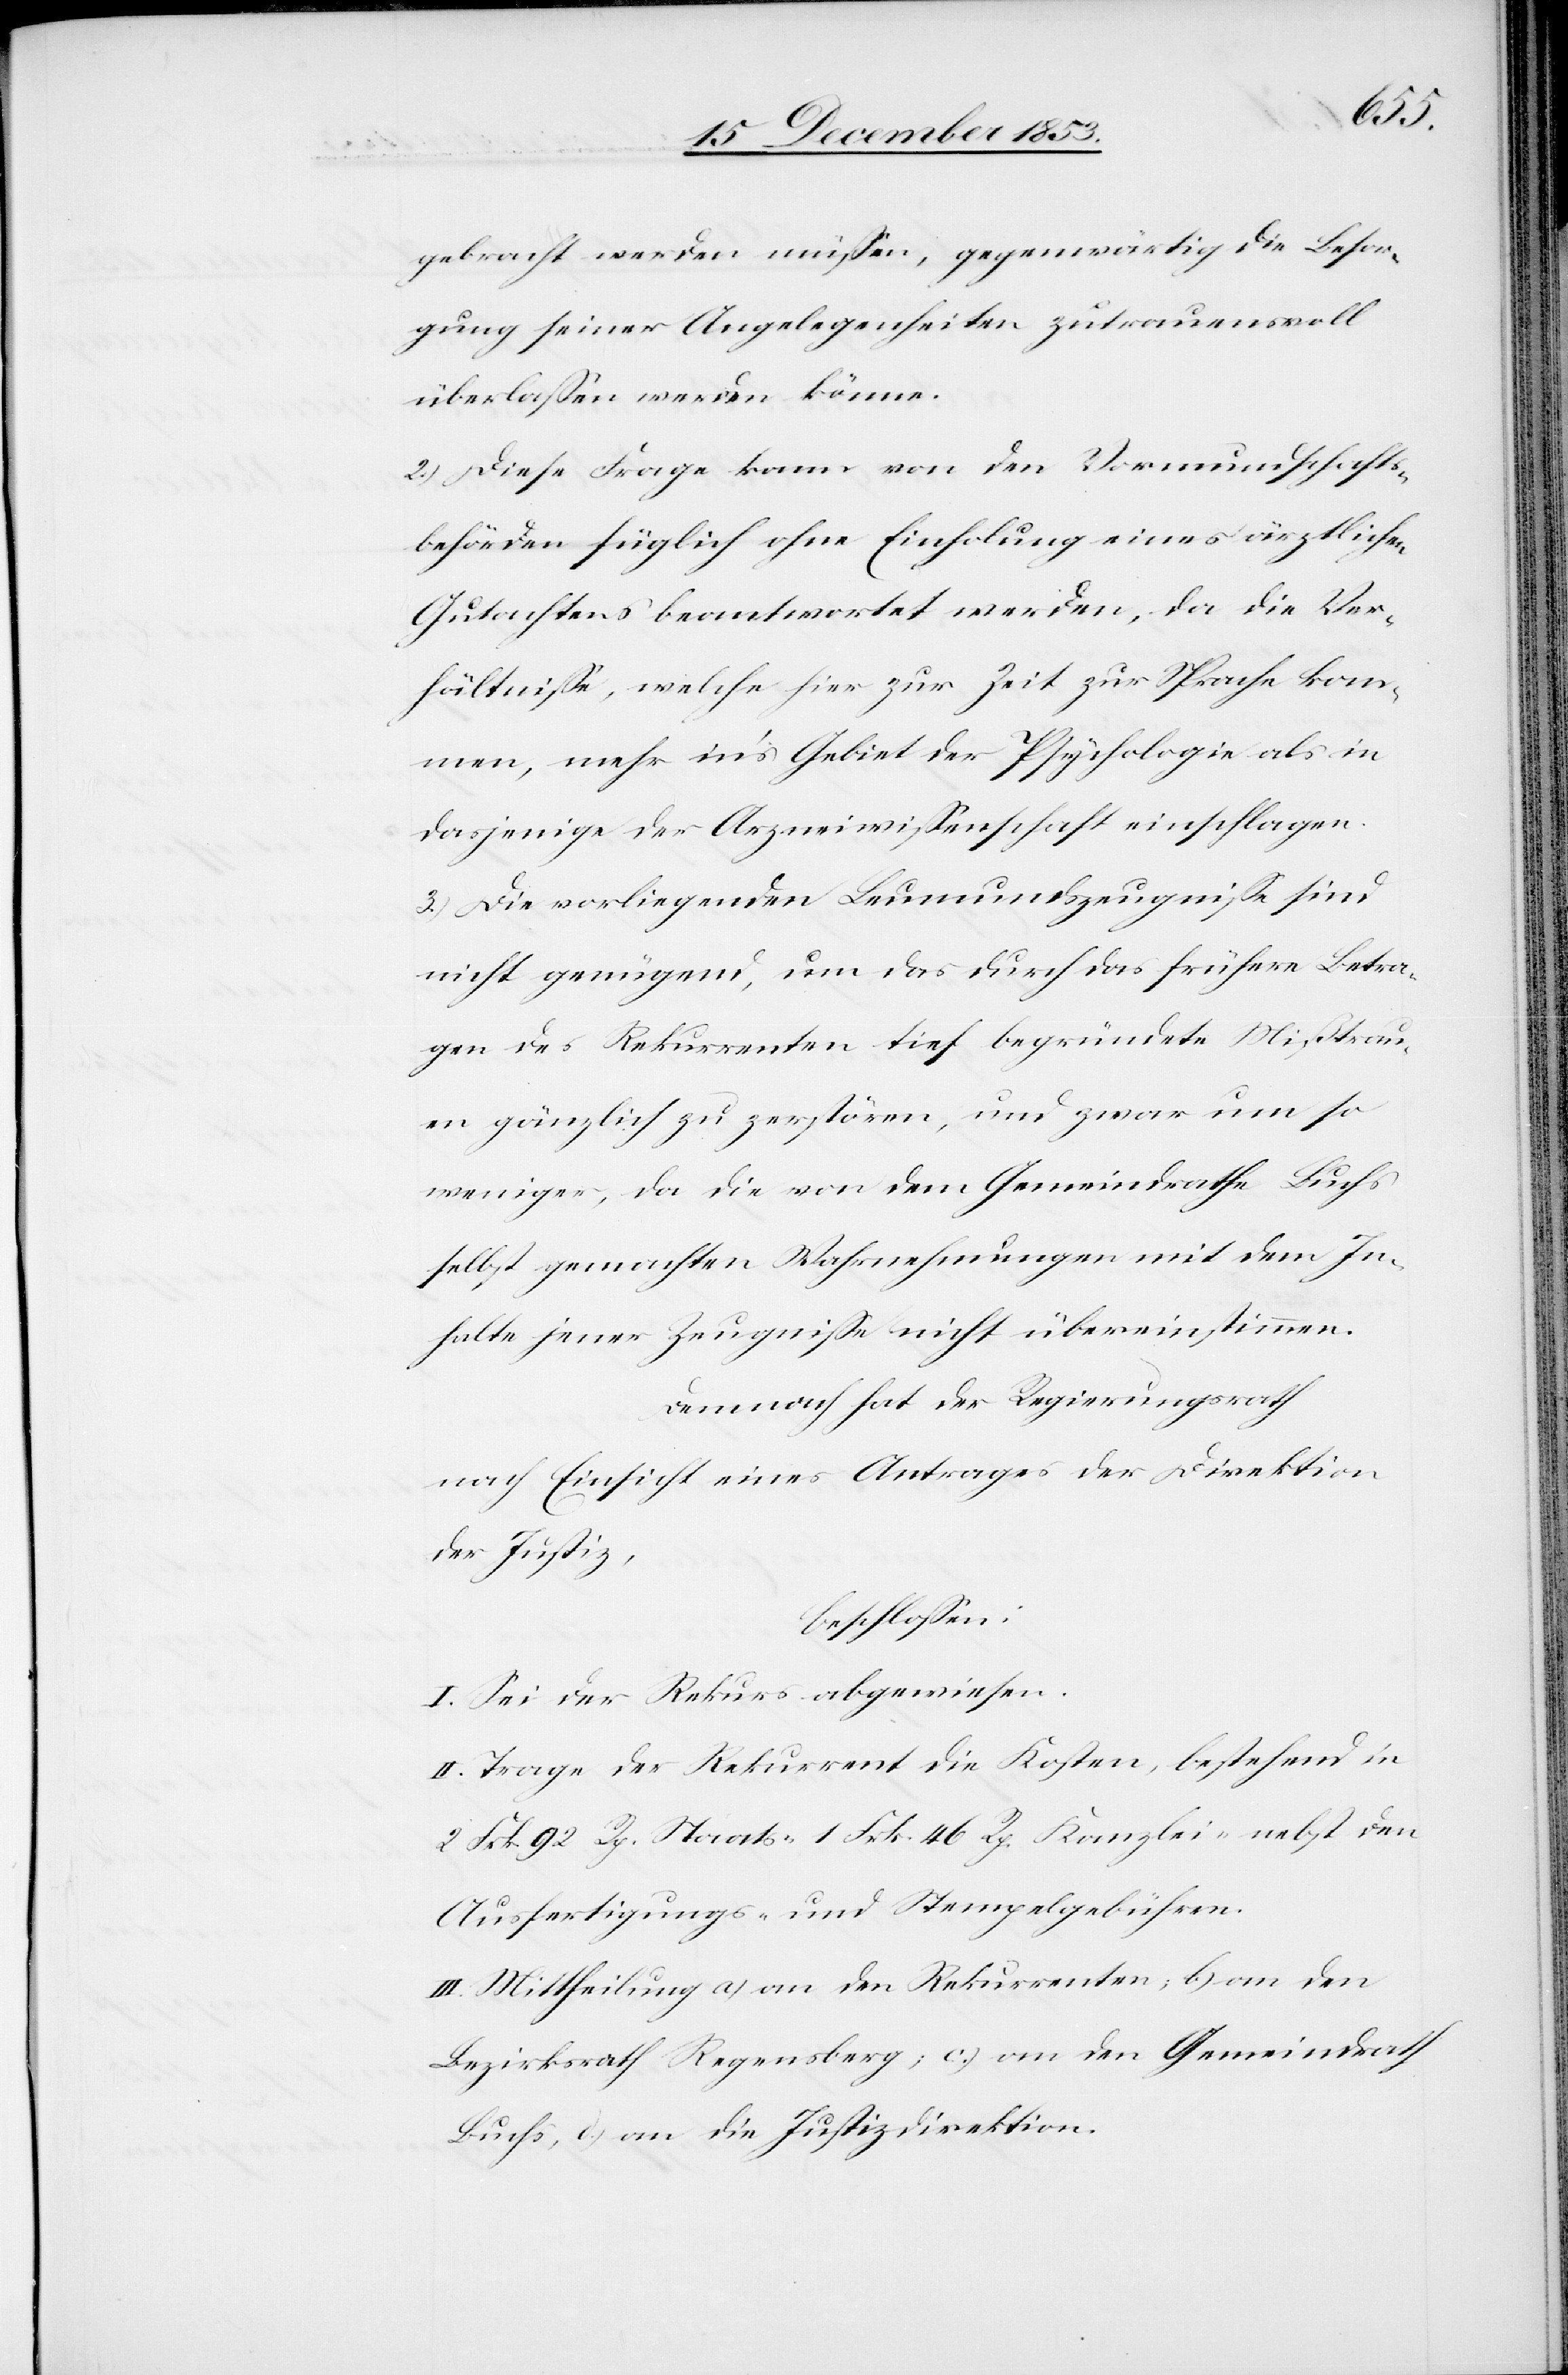
gebracht werden müßen, gegenwärtig die Besor¬
gung seiner Angelegenheiten zutrauensvoll
überlaßen werden könne.
2.) Diese Frage kann von den Vormundschafts¬
behörden füglich ohne Einholung eines ärztlichen
Gutachtens beantwortet werden, da die Ver¬
hältniße, welche hier zur Zeit zur Sprache kom¬
men, mehr in’s Gebiet der Psychologie als in
dasjenige der Arzneiwißenschaft einschlagen.
3.) Die vorliegenden Leumdenszeugniße sind
nicht genügend, um das durch das frühere Betra¬
gen des Rekurrenten sich begründete Mißtrau¬
en gänzlich zu zerstören, und zwar um so
weniger, als die von dem Gemeindrathe Buchs
selbst gemachten Wahrnehmungen mit dem In¬
halte jener Zeugniße nicht übereinstimmen.
Demnach hat der Regierungsrath
nach Einsicht eines Antrages der Direktion
der Justiz,
beschloßen:
I. Sei der Rekurs abgewiesen.
II. Trage der Rekurrent die Kosten, bestehend in
2 Frk. 92 Rp. Staats- 1 Frk. 46. Rp. Kanzlei- nebst den
Ausfertigungs- u. Stempelgebühren.
III. Mittheilung a) an den Rekurrenten, b) an den
Bezirksrath Regensberg, c) an den Gemeindrath
Buchs, d) an die Justizdirektion.